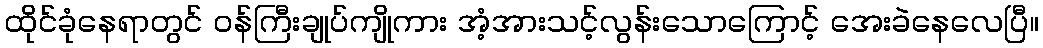
ထိုင်ခုံနေရာတွင် ဝန်ကြီးချုပ်ကျိုကား အံ့အားသင့်လွန်းသောကြောင့် အေးခဲနေလေပြီ။